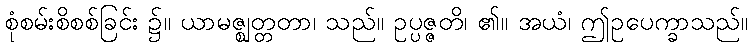
စုံစမ်းစိစစ်ခြင်း ၌။ ယာမဇ္ဈတ္တတာ၊ သည်။ ဥပ္ပဇ္ဇတိ၊ ၏။ အယံ၊ ဤဥပေက္ခာသည်။